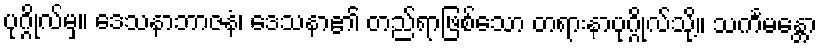
ပုဂ္ဂိုလ်မှ။ ဒေသနာဘာဇနံ၊ ဒေသနာ၏ တည်ရာဖြစ်သော တရားနာပုဂ္ဂိုလ်သို့။ သင်္ကမန္တော